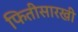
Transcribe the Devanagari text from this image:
फितीसारखी